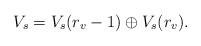
LaTeX: \begin{align*}V_s=V_s({r_v-1})\oplus V_s({r_v}) .\end{align*}